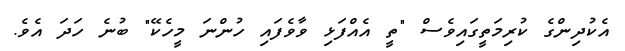
އެކުދިންގެ ކުރިމަތީގައިވެސް "ތީ އެއްފަޅި ވާވެފައި ހުންނަ މީހެކޭ" ބުނެ ހަދަ އެވެ.